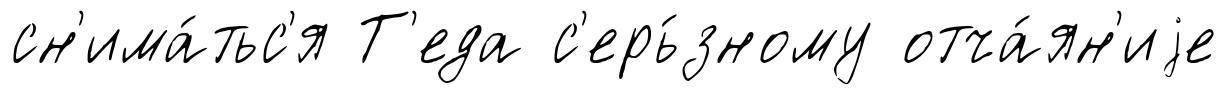
сн'има́тьс'я Т'еда с'ерь́зному отча́ян'иjе